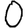
Digit: 0